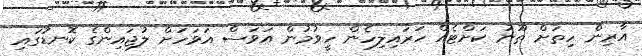
އާރިން ހިތަށް ތޫނު ކަށްޓެއް ހަރައިލިހެން ހީވުމުން އަވަސް އަވަހަށް ލުޖައިންގެ ކޮނޑުގައި